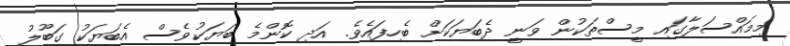
މިމައްސަލާގައި މީސްތަކުން ވަނީ ދެބަޔަކަށް ބެހިފައެވެ. އަދި ކޮންމެ ބަޔަކުވެސް އެބަޔަކު ގަބޫލު